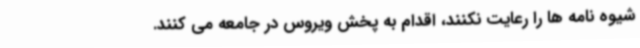
شیوه نامه ها را رعایت نکنند، اقدام به پخش ویروس در جامعه می کنند.